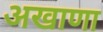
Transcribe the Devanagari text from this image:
अखाणा